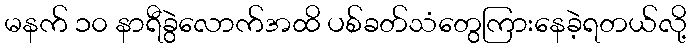
မနက် ၁၀ နာရီခွဲလောက်အထိ ပစ်ခတ်သံတွေကြားနေခဲ့ရတယ်လို့